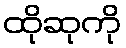
ထိုဆုကို